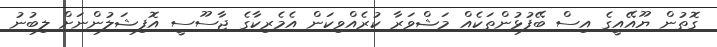
ގޮތުން ޔޫއޭއީގެ އިސް ބޭފުޅުންތަކެއް މަޝްވަރާ ކުރެއްވިކަން އެމެރިކާގެ ޖާސޫސީ އޮފިޝަލުންނަށް ލިބުނު